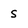
Character: s